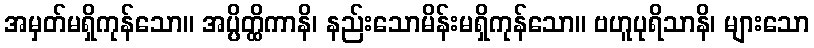
အမှတ်မရှိကုန်သော။ အပ္ပိတ္ထိကာနိ၊ နည်းသောမိန်းမရှိကုန်သော။ ဗဟူပုရိသာနိ၊ များသော